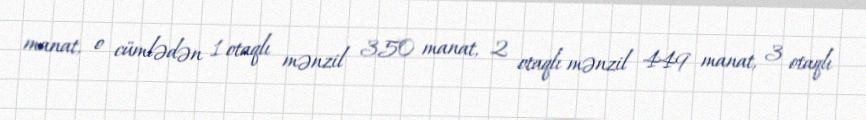
manat, o cümlədən 1 otaqlı mənzil 350 manat, 2 otaqlı mənzil 449 manat, 3 otaqlı